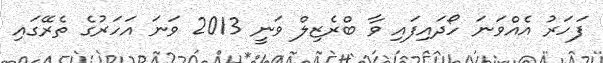
ފަހަރު އެއްވަނަ ހޯދައިފައި ވާ ބްރެޒިލް ވަނީ 2013 ވަނަ އަހަރުގެ ތެރޭގައި